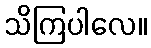
သိကြပါလေ။